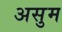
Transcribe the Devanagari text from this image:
असुम